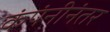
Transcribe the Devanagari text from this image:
कंपंनीनंतर